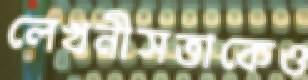
লেখনীসত্তাকেও